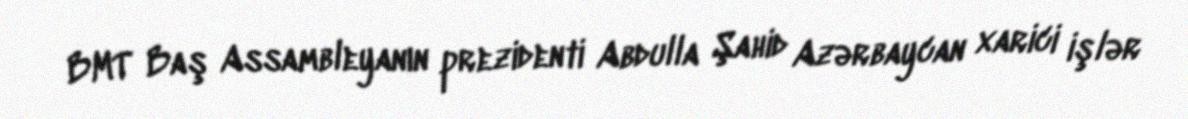
BMT Baş Assambleyanın prezidenti Abdulla Şahid Azərbaycan xarici işlər